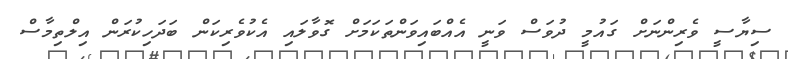
ސިޔާސީ ވެރިންނަށް ގައުމީ ދުވަސް ވަނީ އެއްބައިވަންތަކަމަށް ގޮވާލައި އެކުވެރިކަން ބަދަހިކުރަން އިލްތިމާސް